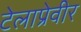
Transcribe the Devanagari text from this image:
टेलाप्रेवीर